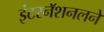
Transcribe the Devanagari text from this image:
इंटरनॅशनलने